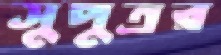
সুপুত্রর